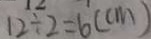
1 2 \div 2 = 6 ( c m )